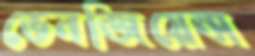
ভেনজিয়েন্স